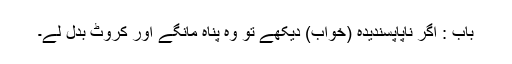
باب : اگر ناپاپسندیدہ (خواب) دیکھے تو وہ پناہ مانگے اور کروٹ بدل لے۔